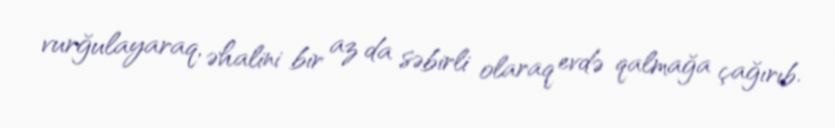
vurğulayaraq, əhalini bir az da səbirli olaraq evdə qalmağa çağırıb.